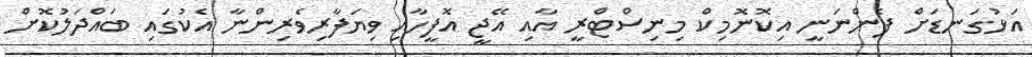
އަޅުގަނޑަށް ފެންނަނީ އިކޮނޮމިކް މިނިސްޓްރީ އާއި އޭޖީ އޮފީހާއި ވިޔަފާރިވެރިންނާ އެކުގައި ބައްދަލުކޮށް